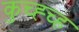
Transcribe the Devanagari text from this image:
कुच्ह्च्ह